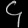
Digit: ၄